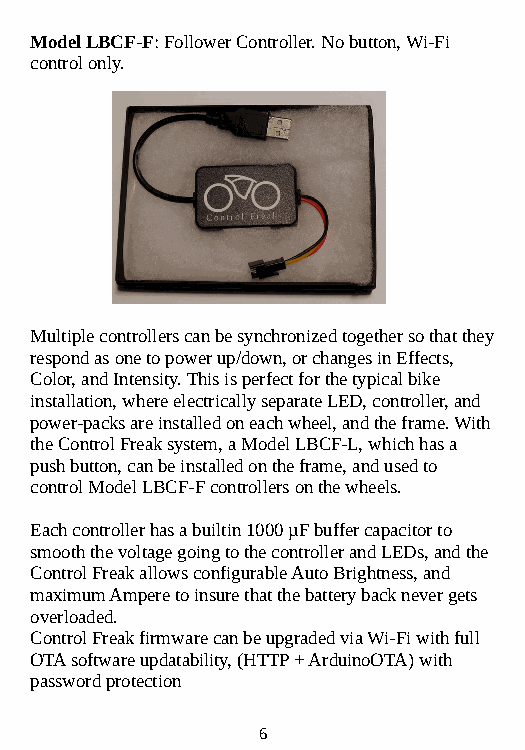
Model LBCF-F: Follower Controller. No button, Wi-Fi
 control only.
 Multiple controllers can be synchronized together so that they
 respond as one to power up/down, or changes in Effects,
 Color, and Intensity. This is perfect for the typical bike
 installation, where electrically separate LED, controller, and
 power-packs are installed on each wheel, and the frame. With
 the Control Freak system, a Model LBCF-L, which has a
 push button, can be installed on the frame, and used to
 control Model LBCF-F controllers on the wheels.
 Each controller has a builtin 1000 µF buffer capacitor to
 smooth the voltage going to the controller and LEDs, and the
 Control Freak allows configurable Auto Brightness, and
 maximum Ampere to insure that the battery back never gets
 overloaded.
 Control Freak firmware can be upgraded via Wi-Fi with full
 OTA software updatability, (HTTP + ArduinoOTA) with
 password protection
 6